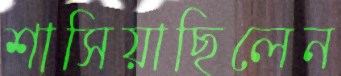
শাসিয়াছিলেন